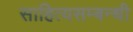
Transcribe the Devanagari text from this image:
साहित्यसम्बन्धी